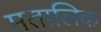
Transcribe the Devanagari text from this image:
मतालिक